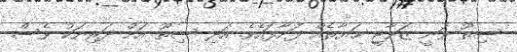
ސިތޫ ވަނީ ޒަވާޖީ ޙަޔާތެއް ފަށާފައެވެ. އަދި ސިތޫ އަށް ދަރިޔަކު ވެސް